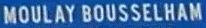
MOULAY BOUSSELHAM